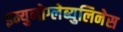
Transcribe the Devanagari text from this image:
इम्युनोग्लेब्युलिनेस